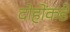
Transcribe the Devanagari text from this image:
दोहोंकडे